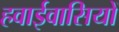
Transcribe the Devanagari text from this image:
हवाईवासियों